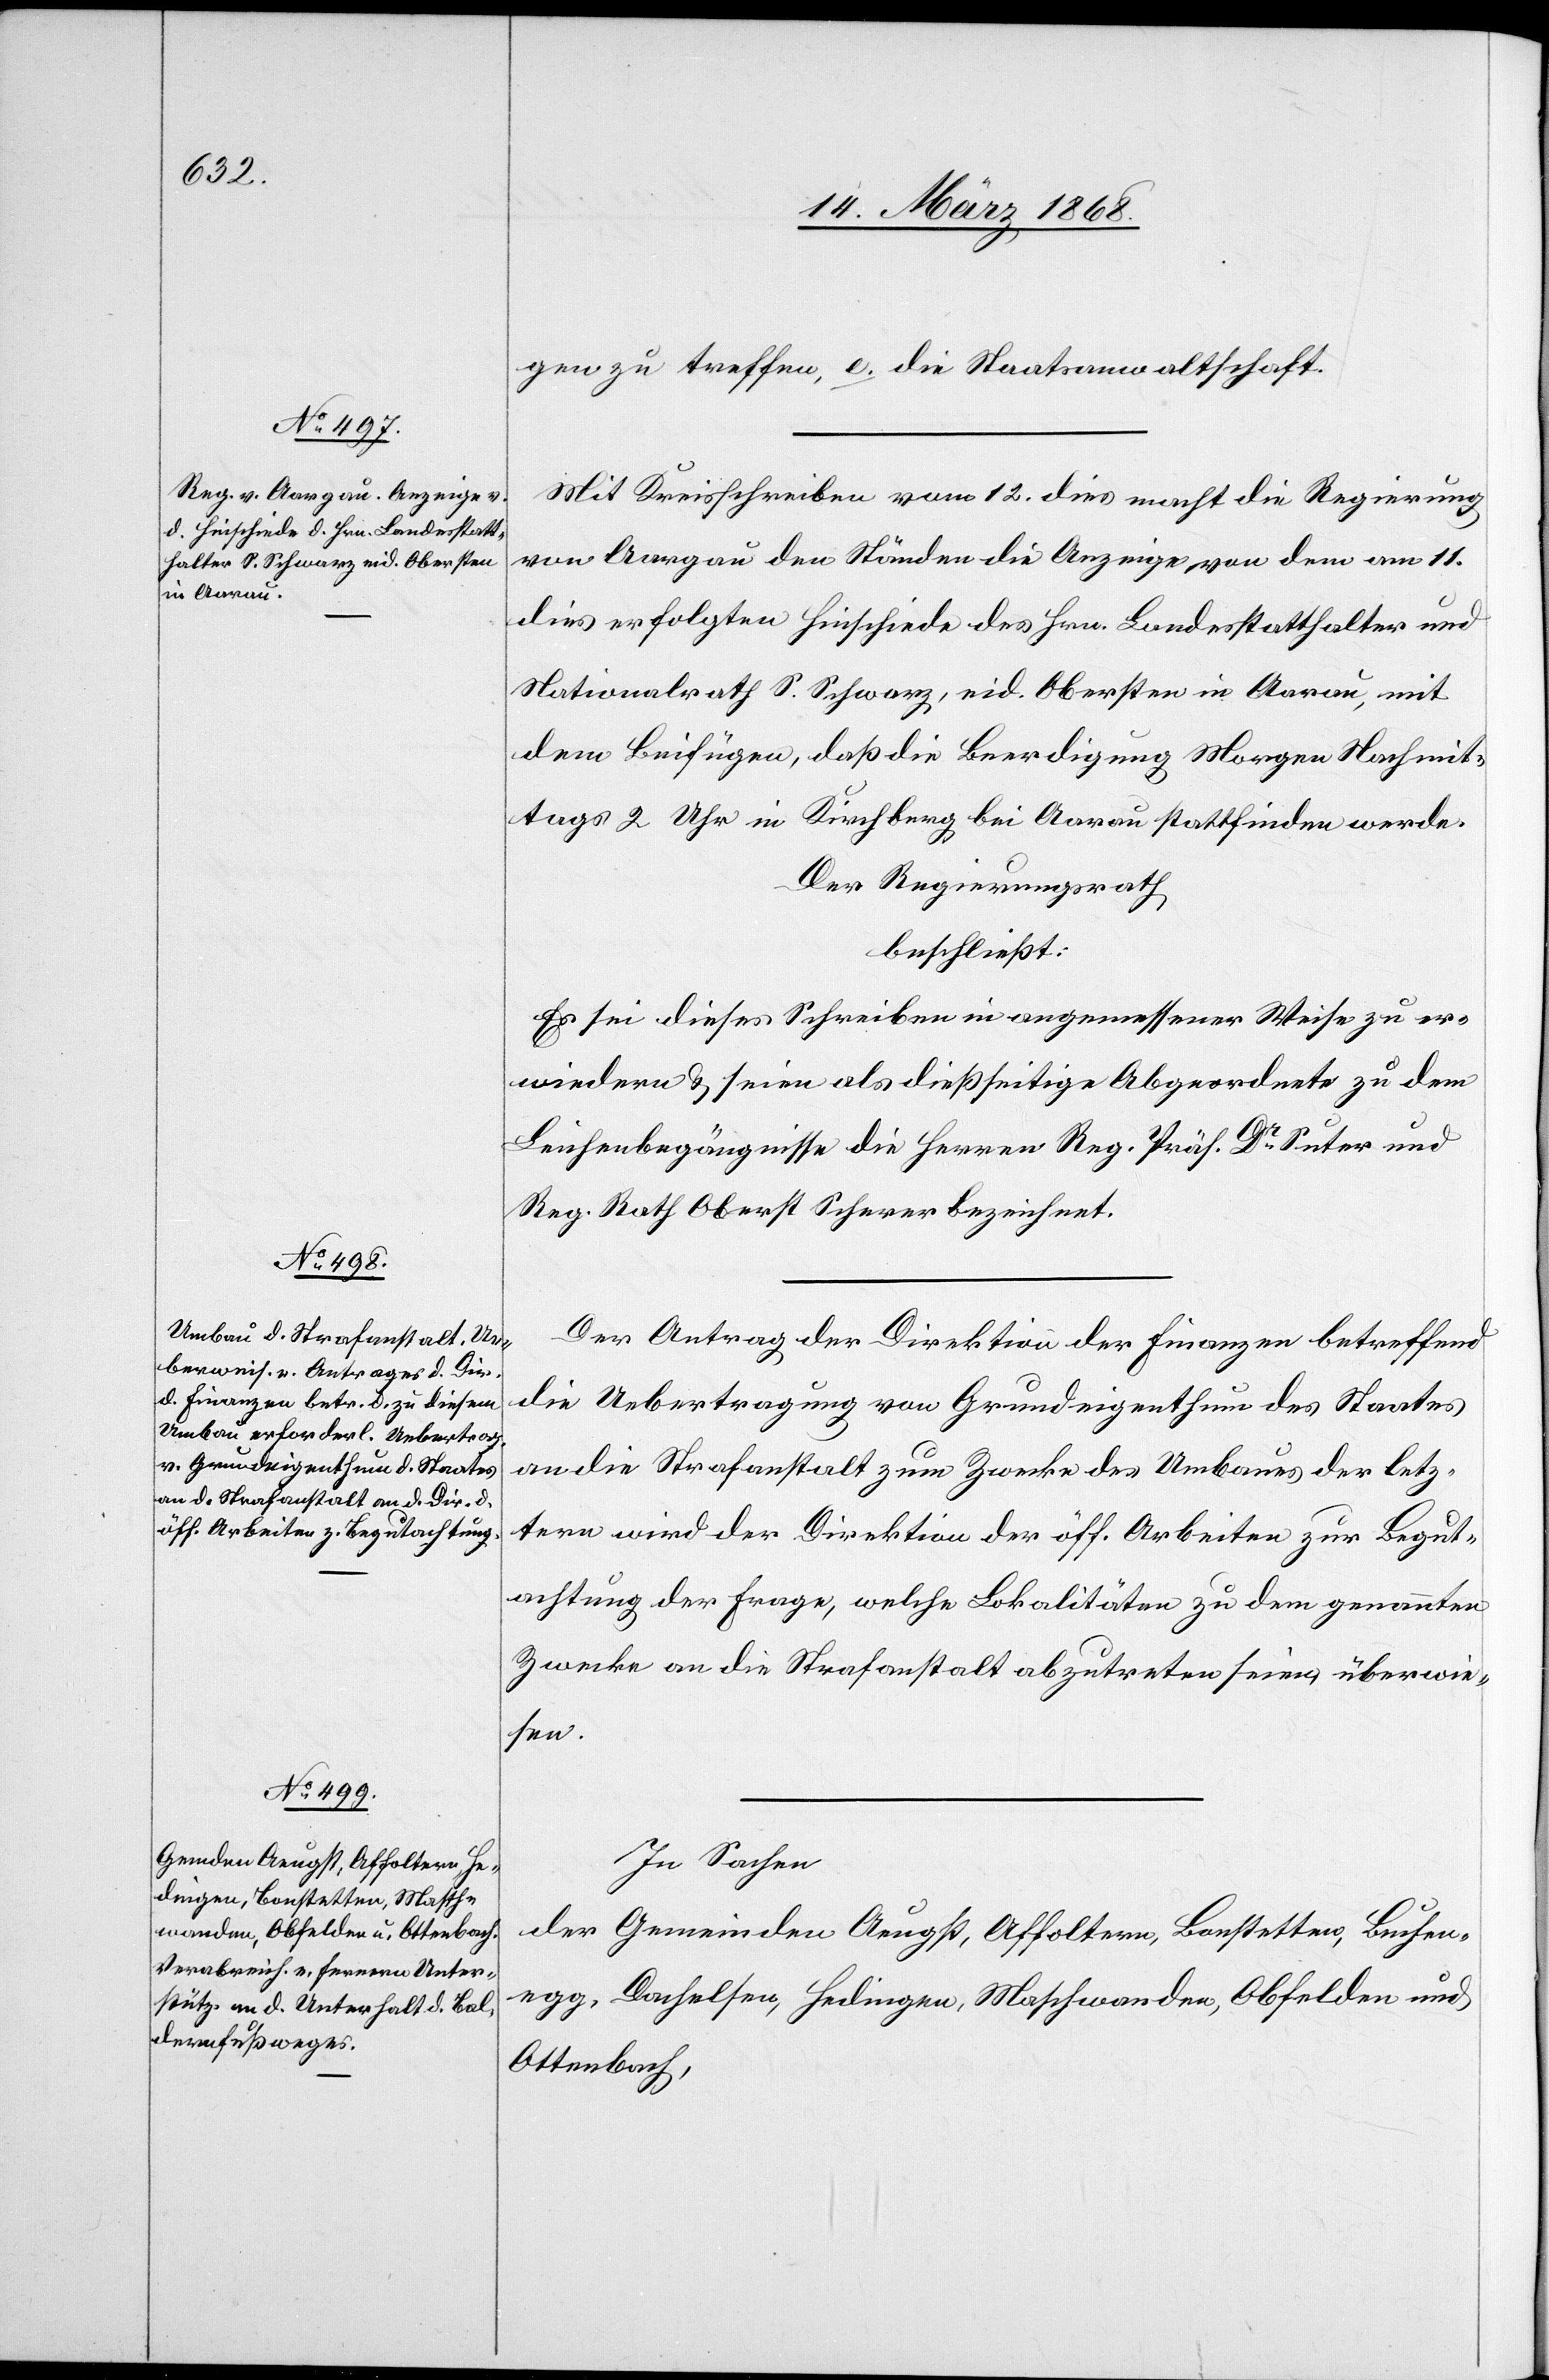
gen zu treffen, e. die Staatsanwaltschaft.
Mit Kreisschreiben vom 12. dies macht die Regierung
von Aargau den Ständen die Anzeige von dem am 11.
dies erfolgten Hinschiede des Hrn. Landesstatthalter und
Nationalrath S. Schwarz, eid. Obersten in Aarau, mit
dem Beifügen, daß die Beerdigung Morgen Nachmit¬
tags 2 Uhr in Kirchberg bei Aarau stattfinden werde.
Der Regierungsrath
beschließt:
Es sei dieses Schreiben in angemessener Weise zu er¬
wiedern & seien als dießseitige Abgeordnete zu dem
Leichenbegängnisse die Herren Reg. Präs. Dr. Suter und
Reg. Rath Oberst Scherer bezeichnet.
Der Antrag der Direktion der Finanzen betreffend
die Uebertragung von Grundeigenthum des Staates
an die Strafanstalt zum Zwecke des Umbaues der letz¬
tern wird der Direktion der öff. Arbeiten zur Begut¬
achtung der Frage, welche Lokalitäten zu dem genannten
Zwecke an die Strafanstalt abzutreten seien, überwie¬
sen.
In Sachen
der
Gemeinden Aeugst, Affoltern, Bonstetten, Buchen¬
egg, Dachelsen, Hedingen, Maschwanden, Obfelden und
Ottenbach,